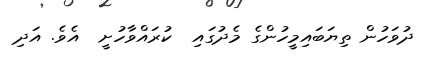
ދުވަހުން ތިޔަބައިމީހުންގެ މެދުގައި  ކުރައްވާހުށީ  އެވެ. އަދި